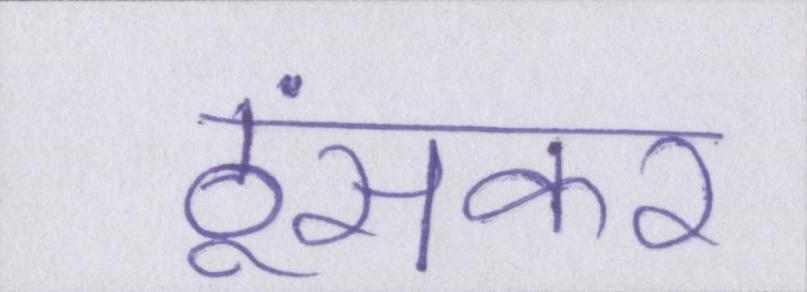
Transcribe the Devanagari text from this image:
ठूंसकर